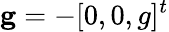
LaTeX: \mathbf{g}=-[0,0,g]^{t}